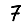
Digit: 7